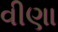
વીણા